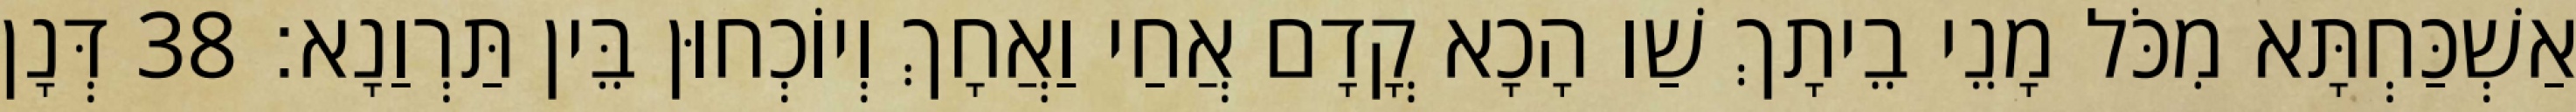
אַשְׁכַּחְתָּא מִכֹּל מָנֵי בֵיתָךְ שַׁו הָכָא קֳדָם אֲחַי וַאֲחָךְ וְיוֹכְחוּן בֵּין תַּרְוַנָא׃ 38 דְּנָן